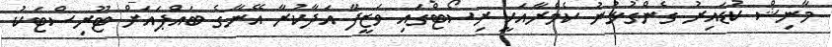
މާނިޝް ކުޑައިރު ގެންގުޅުނު ކެމެރާއަކީ ރިސޯޓްގައި ވަޒީފާ އަދާކުރާ އޭނާގެ ބައްޕައަށް ޓޫރިސްޓަކު